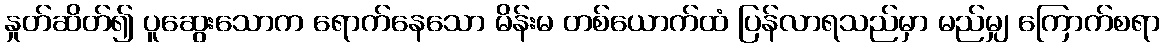
နှုတ်ဆိတ်၍ ပူဆွေးသောက ရောက်နေသော မိန်းမ တစ်ယောက်ထံ ပြန်လာရသည်မှာ မည်မျှ ကြောက်စရာ